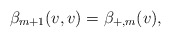
\begin{align*} \beta_{m+1}(v,v)=\beta_{+,m}(v),\end{align*}